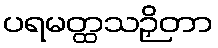
ပရမတ္ထသဉှိတာ